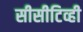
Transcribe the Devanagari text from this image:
सीसीटिव्ही